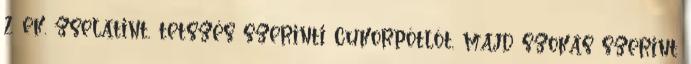
2 ek. zselatint, tetszés szerinti cukorpótlót, majd szokás szerint